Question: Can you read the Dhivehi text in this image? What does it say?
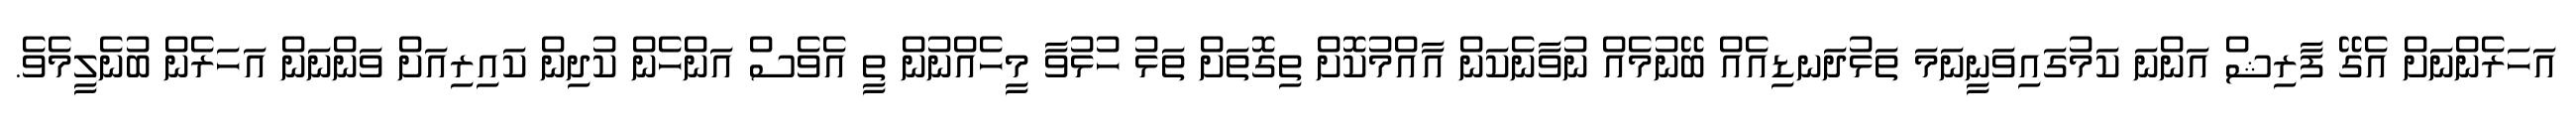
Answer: އަހަރެންނަށް އެގޭ ފާރިޝް އަންނަ ކަމުގައިވަނީނަމަ ތަޅުދަނޑިއެއް ބޭނުމެއް ނުވާނެކަން އާއްމުކޮށް ތިގޮތަށް ތަޅު ހުޅުވާ މީހެއްނުން ތީ އެވެސް އަންހެން ކުދިން ކައިރިއަށް ވަންނަން އަހަރެން ބުނެލީމެވެ.